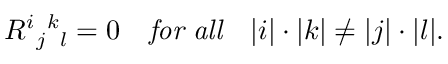
R ^ { i } { } _ { j } { } ^ { k } { } _ { l } = 0 \quad { \it f o r \ a l l } \quad | i | \cdot | k | \ne | j | \cdot | l | .